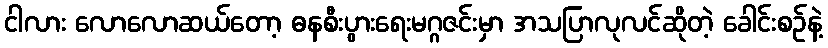
ငါလား လောလောဆယ်တော့ ဓနစီးပွားရေးမဂ္ဂဇင်းမှာ အသပြာလုလင်ဆိုတဲ့ ခေါင်းစဉ်နဲ့